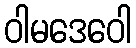
ဝါမဒေဝေါ